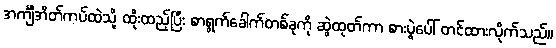
အင်္ကျီအိတ်ကပ်ထဲသို့ ထိုးထည့်ပြီး စာရွက်ခေါက်တစ်ခုကို ဆွဲထုတ်ကာ စားပွဲပေါ် တင်ထားလိုက်သည်။